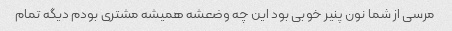
مرسی از شما نون پنیر خوبی بود این چه وضعشه همیشه مشتری بودم دیگه تمام